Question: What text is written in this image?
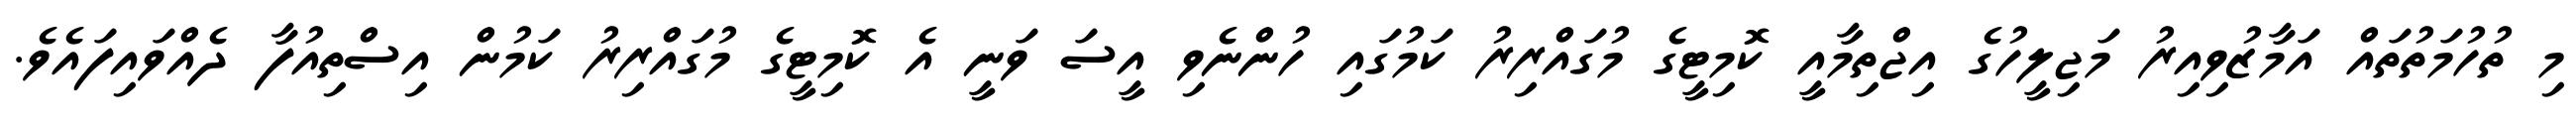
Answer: މި ތުހުމަތުތައް އަމާޒުވިއިރު މަޖިލީހުގެ އިޖްތިމާއީ ކޮމިޓީގެ މުގައްރިރު ކަމުގައި ހުންނެވި އީސަ ވަނީ އެ ކޮމިޓީގެ މުގައްރިރު ކަމުން އިސްތިއުފާ ދެއްވައިފައެވެ.